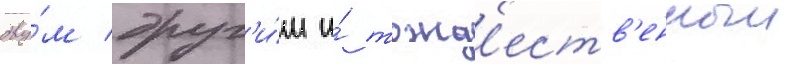
дву́м друг'и́м и́ тожд'еств'енныи